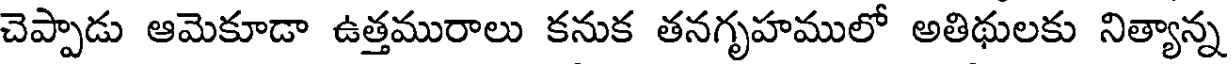
చెప్పాడు ఆమెకూడా ఉత్తమురాలు కనుక తనగృహములో అతిథులకు నిత్యాన్న